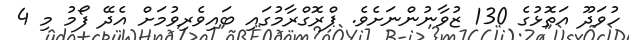
ހުވަދޫ އަތޮޅުގެ 130 ޒުވާނުންނަށެވެ. ޕްރޮގްރާމުގައި ބައިވެރިވުމަށް އެދޭ ފޯމު މި 4